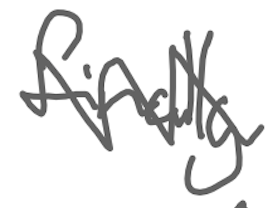
Text: finally
Cross-out: zig-zag
Writing tool: digital_gray